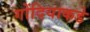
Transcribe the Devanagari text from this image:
गोंदियाकडे